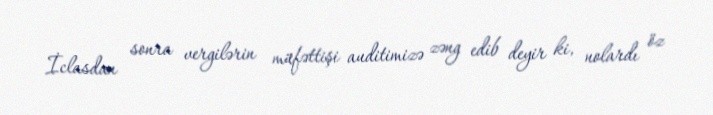
İclasdan sonra vergilərin müfəttişi auditimizə zəng edib deyir ki, nolardı öz